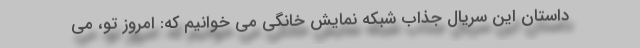
داستان این سریال جذاب شبکه نمایش خانگی می خوانیم که: امروزِ تو، می